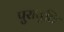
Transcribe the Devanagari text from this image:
पुरावृत्ति